Report on vaccination in Madras 1877-1894 - 1877-1894
Year: 1877
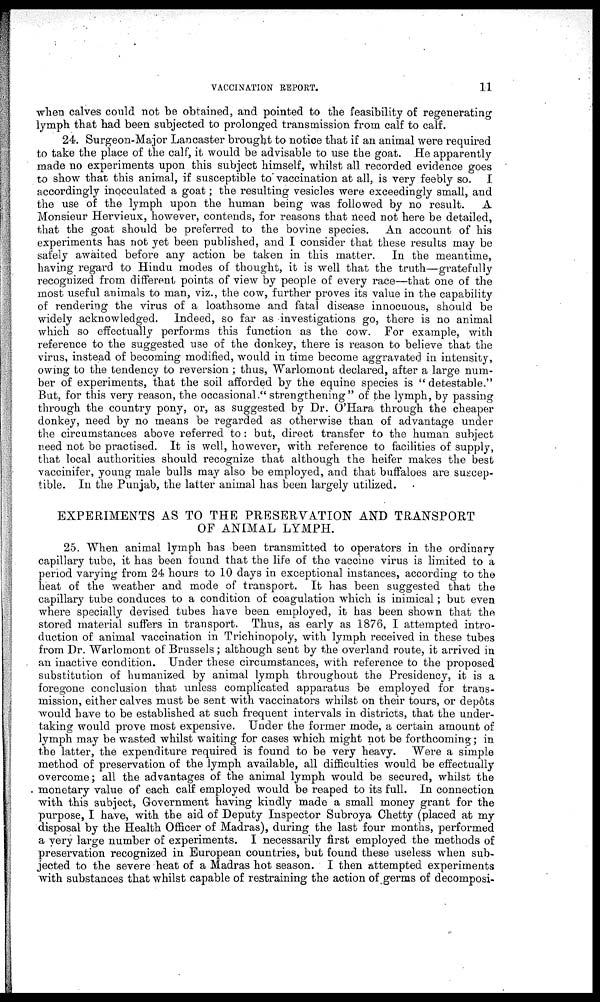
VACCINATION REPORT.
11
when calves could not be obtained, and pointed to the feasibility of regenerating
lymph that had been subjected to prolonged transmission from calf to calf.
24. Surgeon-Major Lancaster brought to notice that if an animal were required
to take the place of the calf, it would be advisable to use the goat. He apparently
made no experiments upon this subject himself, whilst all recorded evidence goes
to show that this animal, if susceptible to vaccination at all, is very feebly so. I
accordingly inocculated a goat; the resulting vesicles were exceedingly small, and
the use of the lymph upon the human being was followed by no result. A
Monsieur Hervieux, however, contends, for reasons that need not here be detailed,
that the goat should be preferred to the bovine species. An account of his
experiments has not yet been published, and I consider that these results may be
safely awaited before any action be taken in this matter. In the meantime,
having regard to Hindu modes of thought, it is well that the truth—gratefully
recognized from different points of view by people of every race—that one of the
most useful animals to man, viz., the cow, further proves its value in the capability
of rendering the virus of a loathsome and fatal disease innocuous, should be
widely acknowledged. Indeed, so far as investigations go, there is no animal
which so effectually performs this function as the cow. For example, with
reference to the suggested use of the donkey, there is reason to believe that the
virus, instead of becoming modified, would in time become aggravated in intensity,
owing to the tendency to reversion; thus, Warlomont declared, after a large num-
ber of experiments, that the soil afforded by the equine species is " detestable."
But, for this very reason, the occasional." strengthening" of the lymph, by passing
through the country pony, or, as suggested by Dr. O'Hara through the cheaper
donkey, need by no means be regarded as otherwise than of advantage under
the circumstances above referred to: but, direct transfer to the human subject
need not be practised. It is well, however, with reference to facilities of supply,
that local authorities should recognize that although the heifer makes the best
vaccinifer, young male bulls may also be employed, and that buffaloes are suscep-
tible. In the Punjab, the latter animal has been largely utilized.
EXPERIMENTS AS TO THE PRESERVATION AND TRANSPORT
OF ANIMAL LYMPH.
25. When animal lymph has been transmitted to operators in the ordinary
capillary tube, it has been found that the life of the vaccine virus is limited to a
period varying from 24 hours to 10 days in exceptional instances, according to the
heat of the weather and mode of transport. It has been suggested that the
capillary tube conduces to a condition of coagulation which is inimical; but even
where specially devised tubes have been employed, it has been shown that the
stored material suffers in transport. Thus, as early as 1876, I attempted intro-
duction of animal vaccination in Trichinopoly, with lymph received in these tubes
from Dr. Warlomont of Brussels; although sent by the overland route, it arrived in
an inactive condition. Under these circumstances, with reference to the proposed
substitution of humanized by animal lymph throughout the Presidency, it is a
foregone conclusion that unless complicated apparatus be employed for trans-
mission, either calves must be sent with vaccinators whilst on their tours, or depôts
would have to be established at such frequent intervals in districts, that the under-
taking would prove most expensive. Under the former mode, a certain amount of
lymph may be wasted whilst waiting for cases which might not be forthcoming; in
the latter, the expenditure required is found to be very heavy. Were a simple
method of preservation of the lymph available, all difficulties would be effectually
overcome; all the advantages of the animal lymph would be secured, whilst the
monetary value of each calf employed would be reaped to its full. In connection
with this subject, Government having kindly made a small money grant for the
purpose, I have, with the aid of Deputy Inspector Subroya Chetty (placed at my
disposal by the Health Officer of Madras), during the last four months, performed
a very large number of experiments. I necessarily first employed the methods of
preservation recognized in European countries, but found these useless when sub-
jected to the severe heat of a Madras hot season. I then attempted experiments
with substances that whilst capable of restraining the action of germs of decomposi¬